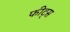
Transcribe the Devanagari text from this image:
फीट्स